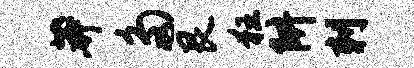
莽多艮狂阱刺